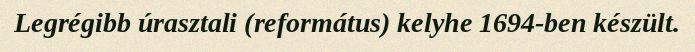
Legrégibb úrasztali (református) kelyhe 1694-ben készült.